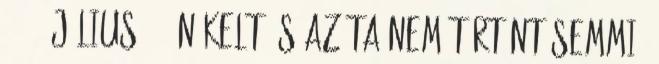
1997. július 30-án kelt és azóta nem történt semmi.